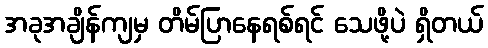
အခုအချိန်ကျမှ တိမ်ပြာနေရစ်ရင် သေဖို့ပဲ ရှိတယ်